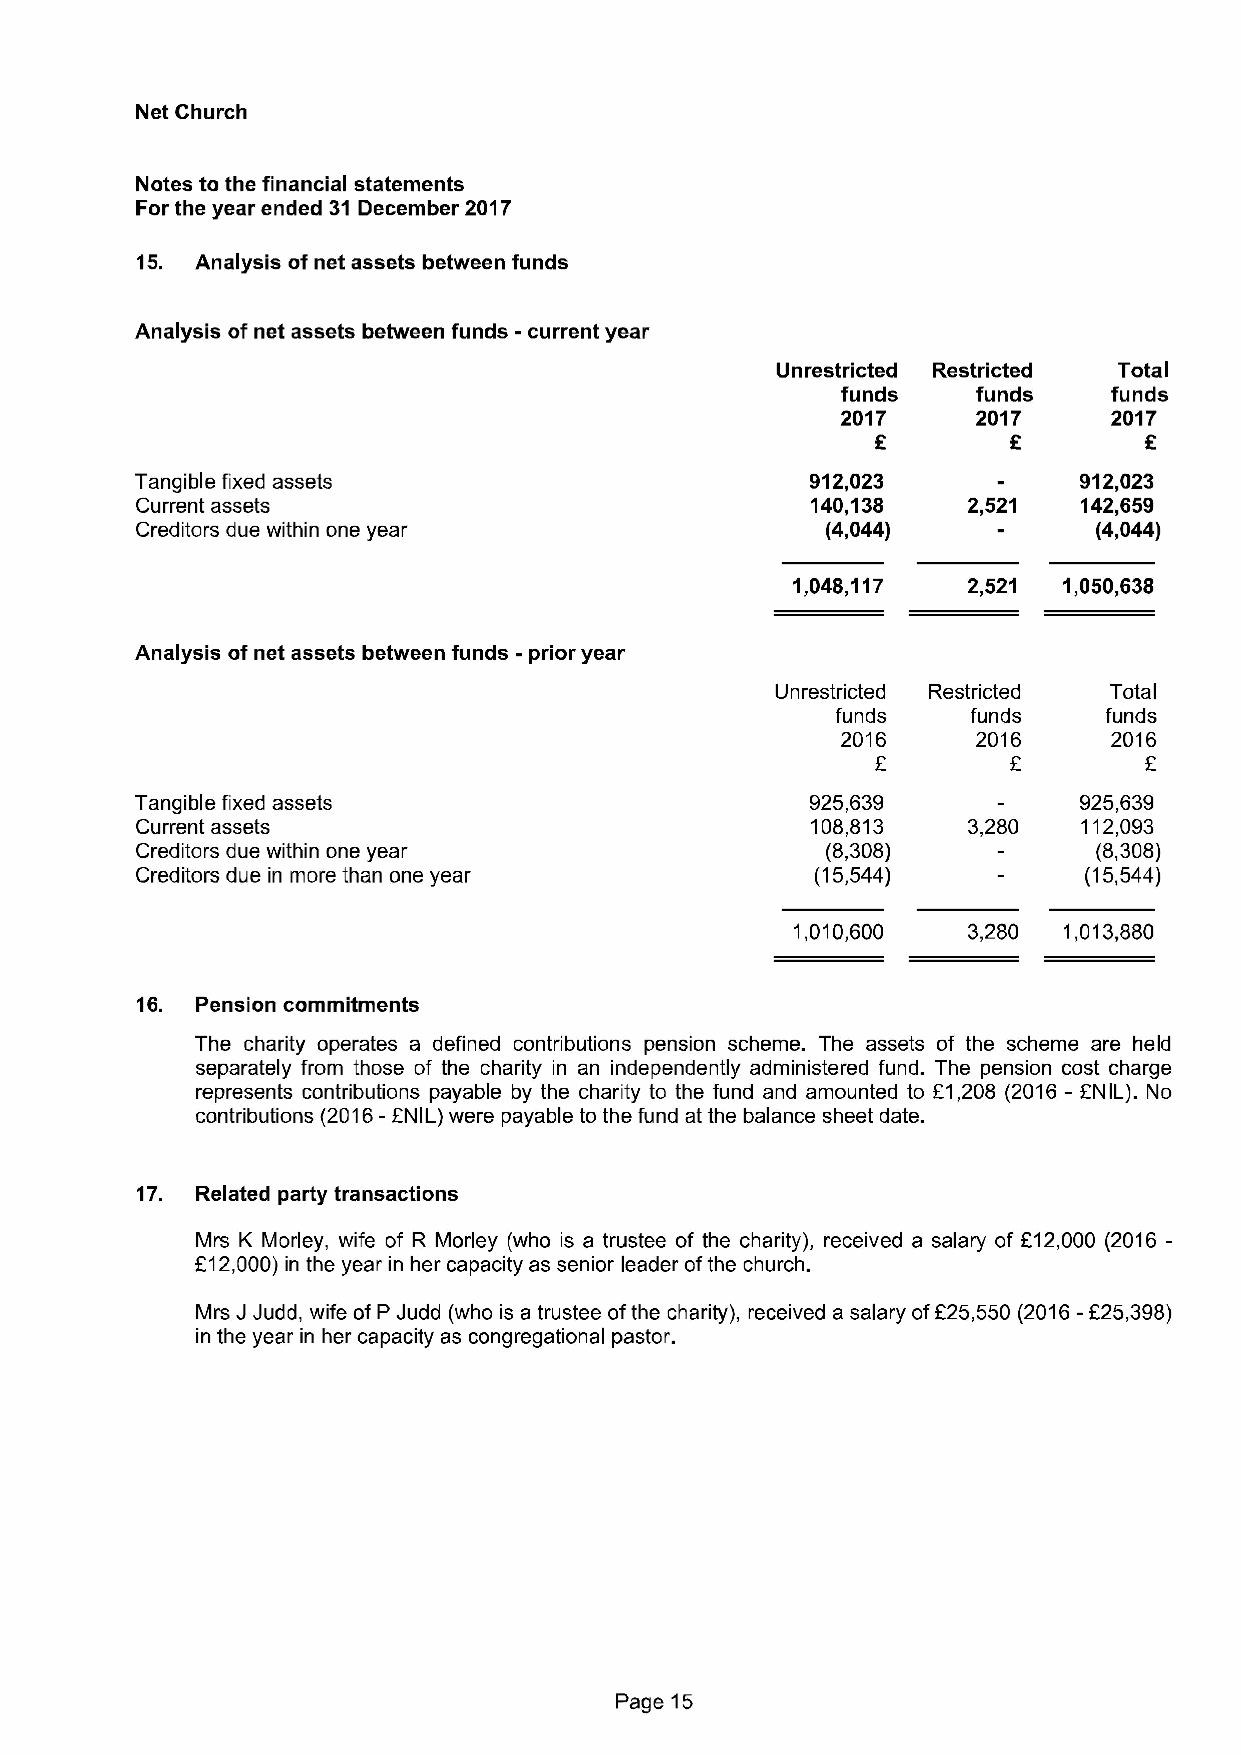
Net Church
 Notes to the financial statements
 For the year ended 31 December 2017
 15. Analysis of net assets between funds
 Analysis of net assets between funds -current year
 Unrestricted Restricted Total
 funds    funds    funds
 2017     2017     2017
 Tangible fixed assets                        912,023          912,023
 Current assets                               140,138   2,521   142,659
 Creditors due within one year                 (4,044)           (4,044)
 1,048,117   2,521 1,050,638
 Analysis of net assets between funds -prior year
 Unrestricted Restricted Total
 funds    funds    funds
 2016     2016     2016
 E
 Tangible fixed assets                        925,639          925,639
 Current assets                               108,813   3,280   112,093
 Creditors due within one year                 (8,308)           (8,308)
 Creditors due in more than one year          (15,544)          (15,544)
 1,010,600  3,280 1,013,880
 16. Pension cornrnitments
 The charity operates a defined contributions pension scheme. The assets of the scheme are held
 separately from those of the charity in an independently administered fund. The pension cost charge
 represents contributions payable by the charity to the fund and amounted to E1,208 (2016—ANIL). No
 contributions (2016- ANIL) were payable to the fund at the balance sheet date.
 17. Related party transactions
 Mrs K Morley, wife of R Morley (who is a trustee of the charity), received a salary of F12,000 (2016-
 f12,000)in the year in her capacity as senior leader ofthe church.
 Mrs J Judd, wife of P Judd (who is a trustee ofthe charity), received a salary of825,550 (2016-f 25,398)
 in the year in her capacity as congregational pastor.
 Page 15